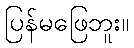
ပြန်မဖြေဘူး။